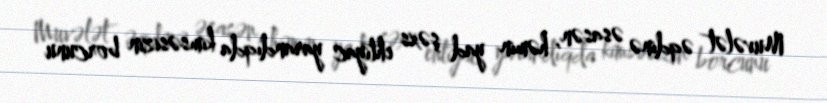
Muvələt əqdinə əsasən, həmin yad şəxs ehtiyac yarandıqda kimsəsizin borcunu